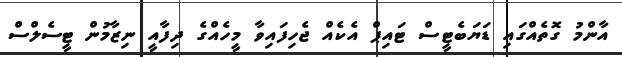
އާންމު ގޮތެއްގައި ޑަޔަބެޓީސް ޓައިޕް އެކެއް ޖެހިފައިވާ މީހެއްގެ ދިފާއީ ނިޒާމުން ޓީސެލްސް